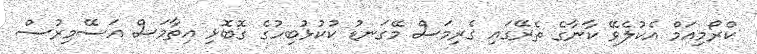
ކްރޯމިއަމް އެކުލެވޭ ކާނާގެ ތެރޭގައި ގެރިމަސް މޭގަނޑު ކުކުޅުބިހުގެ ގޮބޮޅި އިތާމަސް އަސޭމިރުސް